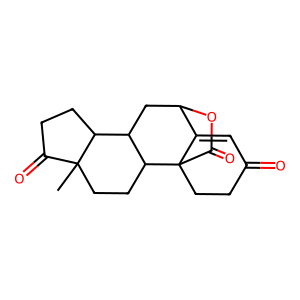
SMILES: CC12CCC3C(CC4OC(=O)C35CCC(=O)C=C45)C1CCC2=O
Inhibits HIV replication: No